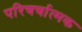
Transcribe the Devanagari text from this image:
परिचर्चात्मक